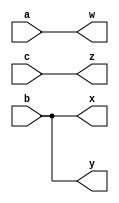
module top_module(input a,b,c, output w,x,y,z);
  //input wires a,b,c output wires w,x,y,z. 
  //assign statement -> continuous, we are just making "connections" to existing wires and assign itself doesnt create wires.
  //input wire a == input a
  assign w=a;
  assign x=b;
  assign y=b;
  assign z=c;

 endmodule